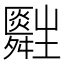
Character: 𤰀